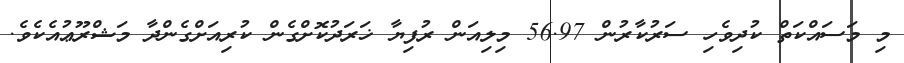
މި މަސައްކަތް ކުދިވެހި ސަރުކާރުން 56.97 މިލިއަން ރުފިޔާ ޚަރަދުކޮށްގެން ކުރިއަށްގެންދާ މަޝްރޫޢުއެކެވެ.